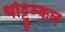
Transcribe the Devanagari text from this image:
थोट्टूम्कल